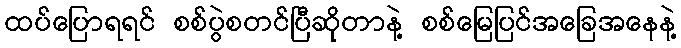
ထပ်ပြောရရင် စစ်ပွဲစတင်ပြီဆိုတာနဲ့ စစ်မြေပြင်အခြေအနေနဲ့